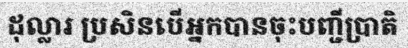
ដុល្លារ ប្រសិនបើអ្នកបានចុះបញ្ជីប្រាតិ